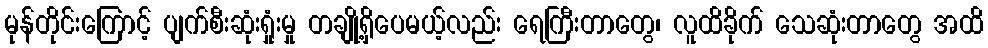
မုန်တိုင်းကြောင့် ပျက်စီးဆုံးရှုံးမှု တချို့ရှိပေမယ့်လည်း ရေကြီးတာတွေ၊ လူထိခိုက် သေဆုံးတာတွေ အထိ